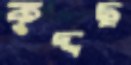
কুদ্দছ